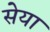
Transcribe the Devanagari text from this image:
सेया